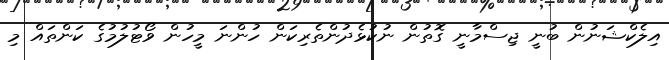
އިލެކްޝަނުން ބުނީ ޖިސްމާނީ ގޮތުން ނުކުޅެދުންތެރިކަން ހުންނަ މީހުން ވޯޓުލުމުގެ ކަންތައް މި